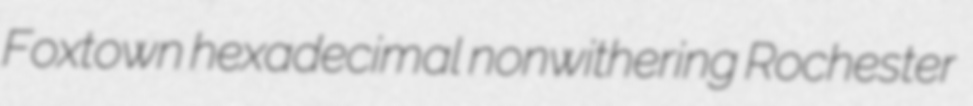
Foxtown hexadecimal nonwithering Rochester